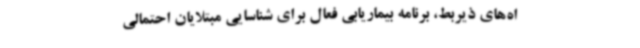
اه‌های ذیربط، برنامه بیماریابی فعال برای شناسایی مبتلایان احتمالی